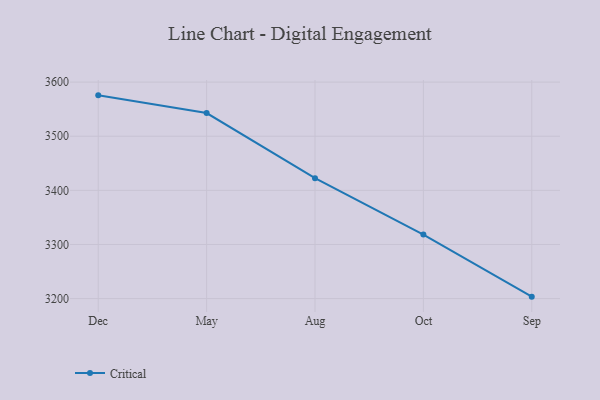
{"axis": {"x": "Month", "y": "Revenue (USD Million)"}, "legend": ["Critical"], "data": [{"x": "Dec", "y": 3575.5, "type": "Critical"}, {"x": "May", "y": 3542.8, "type": "Critical"}, {"x": "Aug", "y": 3422.4, "type": "Critical"}, {"x": "Oct", "y": 3318.3, "type": "Critical"}, {"x": "Sep", "y": 3203.6, "type": "Critical"}]}